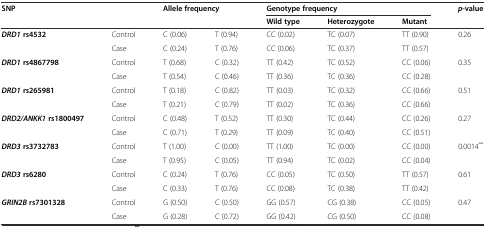
| <ROWSPAN=2-COLSPAN=2> SNP | <ROWSPAN=2-COLSPAN=2> Allele frequency | <COLSPAN=3> Genotype frequency | <ROWSPAN=2> p-value |
 | Wild type | Heterozygote | Mutant |
 | --- | --- | --- | --- | --- | --- | --- | --- |
 | <ROWSPAN=2> DRD1rs4532 | Control | C (0.06) | T (0.94) | CC (0.02) | TC (0.07) | TT (0.90) | <ROWSPAN=2> 0.26 |
 | Case | C (0.24) | T (0.76) | CC (0.06) | TC (0.37) | TT (0.57) |
 | <ROWSPAN=2> DRD1rs4867798 | Control | T (0.68) | C (0.32) | TT (0.42) | TC (0.52) | CC (0.06) | <ROWSPAN=2> 0.35 |
 | Case | T (0.54) | C (0.46) | TT (0.36) | TC (0.36) | CC (0.28) |
 | <ROWSPAN=2> DRD1rs265981 | Control | T (0.18) | C (0.82) | TT (0.03) | TC (0.32) | CC (0.66) | <ROWSPAN=2> 0.51 |
 | Case | T (0.21) | C (0.79) | TT (0.02) | TC (0.36) | CC (0.66) |
 | <ROWSPAN=2> DRD2/ANKK1rs1800497 | Control | C (0.48) | T (0.52) | TT (0.30) | TC (0.44) | CC (0.26) | <ROWSPAN=2> 0.27 |
 | Case | C (0.71) | T (0.29) | TT (0.09) | TC (0.40) | CC (0.51) |
 | <ROWSPAN=2> DRD3rs3732783 | Control | T (1.00) | C (0.00) | TT (1.00) | TC (0.00) | CC (0.00) | <ROWSPAN=2> 0.0014** |
 | Case | T (0.95) | C (0.05) | TT (0.94) | TC (0.02) | CC (0.04) |
 | <ROWSPAN=2> DRD3rs6280 | Control | C (0.24) | T (0.76) | CC (0.05) | TC (0.50) | TT (0.57) | <ROWSPAN=2> 0.61 |
 | Case | C (0.33) | T (0.76) | CC (0.08) | TC (0.38) | TT (0.42) |
 | <ROWSPAN=2> GRIN2Brs7301328 | Control | G (0.50) | C (0.50) | GG (0.57) | CG (0.38) | CC (0.05) | <ROWSPAN=2> 0.47 |
 | Case | G (0.28) | C (0.72) | GG (0.42) | CG (0.50) | CC (0.08) |